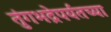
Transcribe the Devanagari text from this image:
तुंगभद्रेपर्यंतच्या